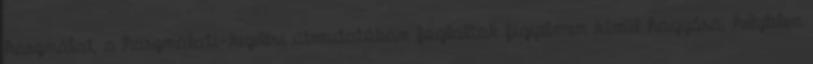
használat, a használati-kezelési útmutatóban foglaltak figyelmen kívül hagyása, helytelen